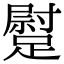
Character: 𨄯